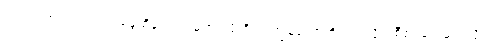
လက်ခံကြပါတယ်၊ အမွေထိန်းလက်မှတ် ရဖို့ကိုလဲ ကျွန်တော်တို့ကပဲ လိုက်စီစဉ်ပေးမယ်လို့